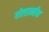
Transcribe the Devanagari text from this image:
गोल्डस्मीथ